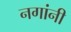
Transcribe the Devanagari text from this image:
नगांनी